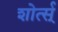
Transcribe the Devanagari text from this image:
शोर्त्स्